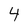
Character: 4